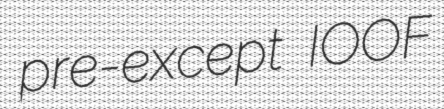
pre-except IOOF